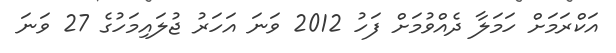
އަކްރަމަށް ހަމަލާ ދެއްވުމަށް ފަހު 2012 ވަނަ އަހަރު ޖުލައިމަހުގެ 27 ވަނަ